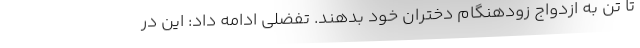
تا تن به ازدواج زودهنگام دختران خود بدهند. تفضلی ادامه داد: این در